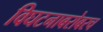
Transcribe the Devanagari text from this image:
विघटनाबरोबरच